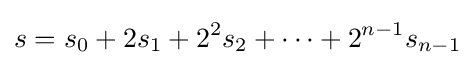
s=s_{0}+2s_{1}+2^{2}s_{2}+\cdots +2^{n-1}s_{n-1}